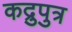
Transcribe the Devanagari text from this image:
कद्रुपुत्र